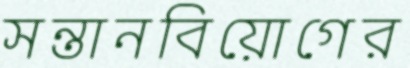
সন্তানবিয়োগের